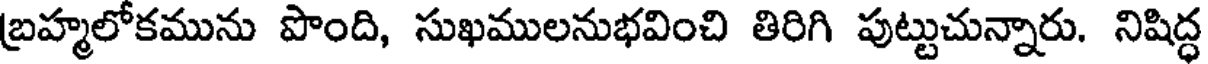
బ్రహ్మలోకమును పొంది, సుఖములనుభవించి తిరిగి పుట్టుచున్నారు. నిషిద్ధ